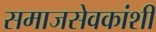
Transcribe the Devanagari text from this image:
समाजसेवकांशी